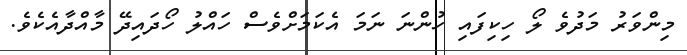
މިންވަރު މަދުވެ ލޯ ހިކިފައި ހުންނަ ނަމަ އެކަމަށްވެސް ހައްލު ހޯދައިދޭ މާއްދާއެކެވެ.